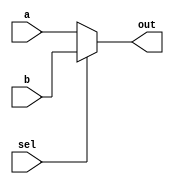
module mux2_32(a, b, sel, out);
	input [31:0] a,b;
	input sel;
	output [31:0] out;
	reg [31:0] out;
	
	always @(a or b or sel) begin
		if (sel == 1'b0) out <= a;
		else out <= b;
	end
endmodule